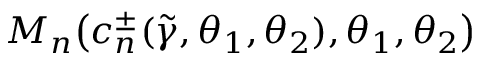
M _ { n } \big ( c _ { n } ^ { \pm } ( \widetilde { \gamma } , \theta _ { 1 } , \theta _ { 2 } ) , \theta _ { 1 } , \theta _ { 2 } \big )